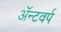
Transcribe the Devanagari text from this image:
ॲन्टवर्प